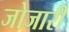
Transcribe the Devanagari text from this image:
जोजारी